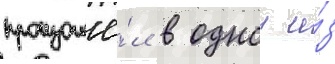
произошё́л в однои и́з